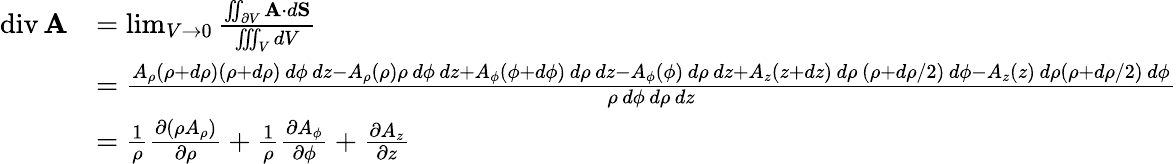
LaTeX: {\begin{array}{rl}{\operatorname{div}\mathbf{A}}&{=\operatorname*{lim}_{V\to 0}{\frac{\iint_{\partial V}\mathbf{A}\cdot d\mathbf{S}}{\iiint_{V}dV}}}\\ &{={\frac{A_{\rho}(\rho+d\rho)(\rho+d\rho)\, d\phi\, dz-A_{\rho}(\rho)\rho\, d\phi\, dz+A_{\phi}(\phi+d\phi)\, d\rho\, dz-A_{\phi}(\phi)\, d\rho\, dz+A_{z}(z+dz)\, d\rho\, (\rho+d\rho/2)\, d\phi-A_{z}(z)\, d\rho(\rho+d\rho/2)\, d\phi}{\rho\, d\phi\, d\rho\, dz}}}\\ &{={\frac{1}{\rho}}{\frac{\partial(\rho A_{\rho})}{\partial\rho}}+{\frac{1}{\rho}}{\frac{\partial A_{\phi}}{\partial\phi}}+{\frac{\partial A_{z}}{\partial z}}}\end{array}}